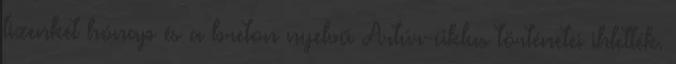
tizenkét hónap és a breton nyelvű Artúr-ciklus történetei ihlették.